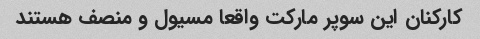
کارکنان این سوپر مارکت واقعا مسیول و منصف هستند